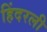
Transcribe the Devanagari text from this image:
हिंदरली